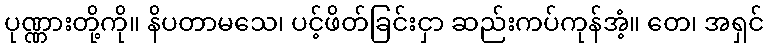
ပုဏ္ဏားတို့ကို။ နိပတာမသေ၊ ပင့်ဖိတ်ခြင်းငှာ ဆည်းကပ်ကုန်အံ့။ တေ၊ အရှင်